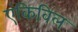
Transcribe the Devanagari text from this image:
एंकिविल